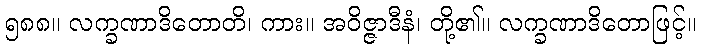
၅၈၈။ လက္ခဏာဒိတောတိ၊ ကား။ အဝိဇ္ဇာဒီနံ၊ တို့၏။ လက္ခဏာဒိတောဖြင့်။